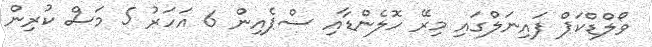
ވޯލްޑްކަޕް ފައިނަލްގައި މިރޭ ހޮލެންޑާއި ސްޕެއިން 6 އަހަރު 5 މަސް ކުރިން